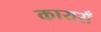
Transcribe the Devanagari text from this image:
कायसँ